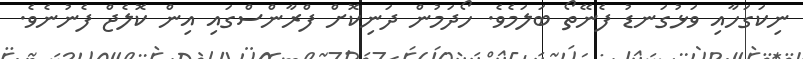
ނިކަގަހާއި ވަޅުގަނޑު ފެނޭތޯ ބަލަމެވެ. ހޯދަމުން ދަނިކޮށް ފްރާންސްގައި އިން ކޮލެޖް ފެނުނެެވެ.